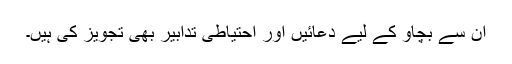
ان سے بچاؤ کے لیے دعائیں اور احتیاطی تدابیر بھی تجویز کی ہیں۔